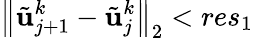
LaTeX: {\left\| \tilde{\mathbf{u}}_{j+1}^{k}-\tilde{\mathbf{u}}_{j}^{k}\right\| }_{2}<res_{1}